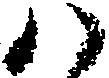
八